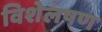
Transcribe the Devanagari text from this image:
विशेलषण